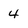
Character: 4